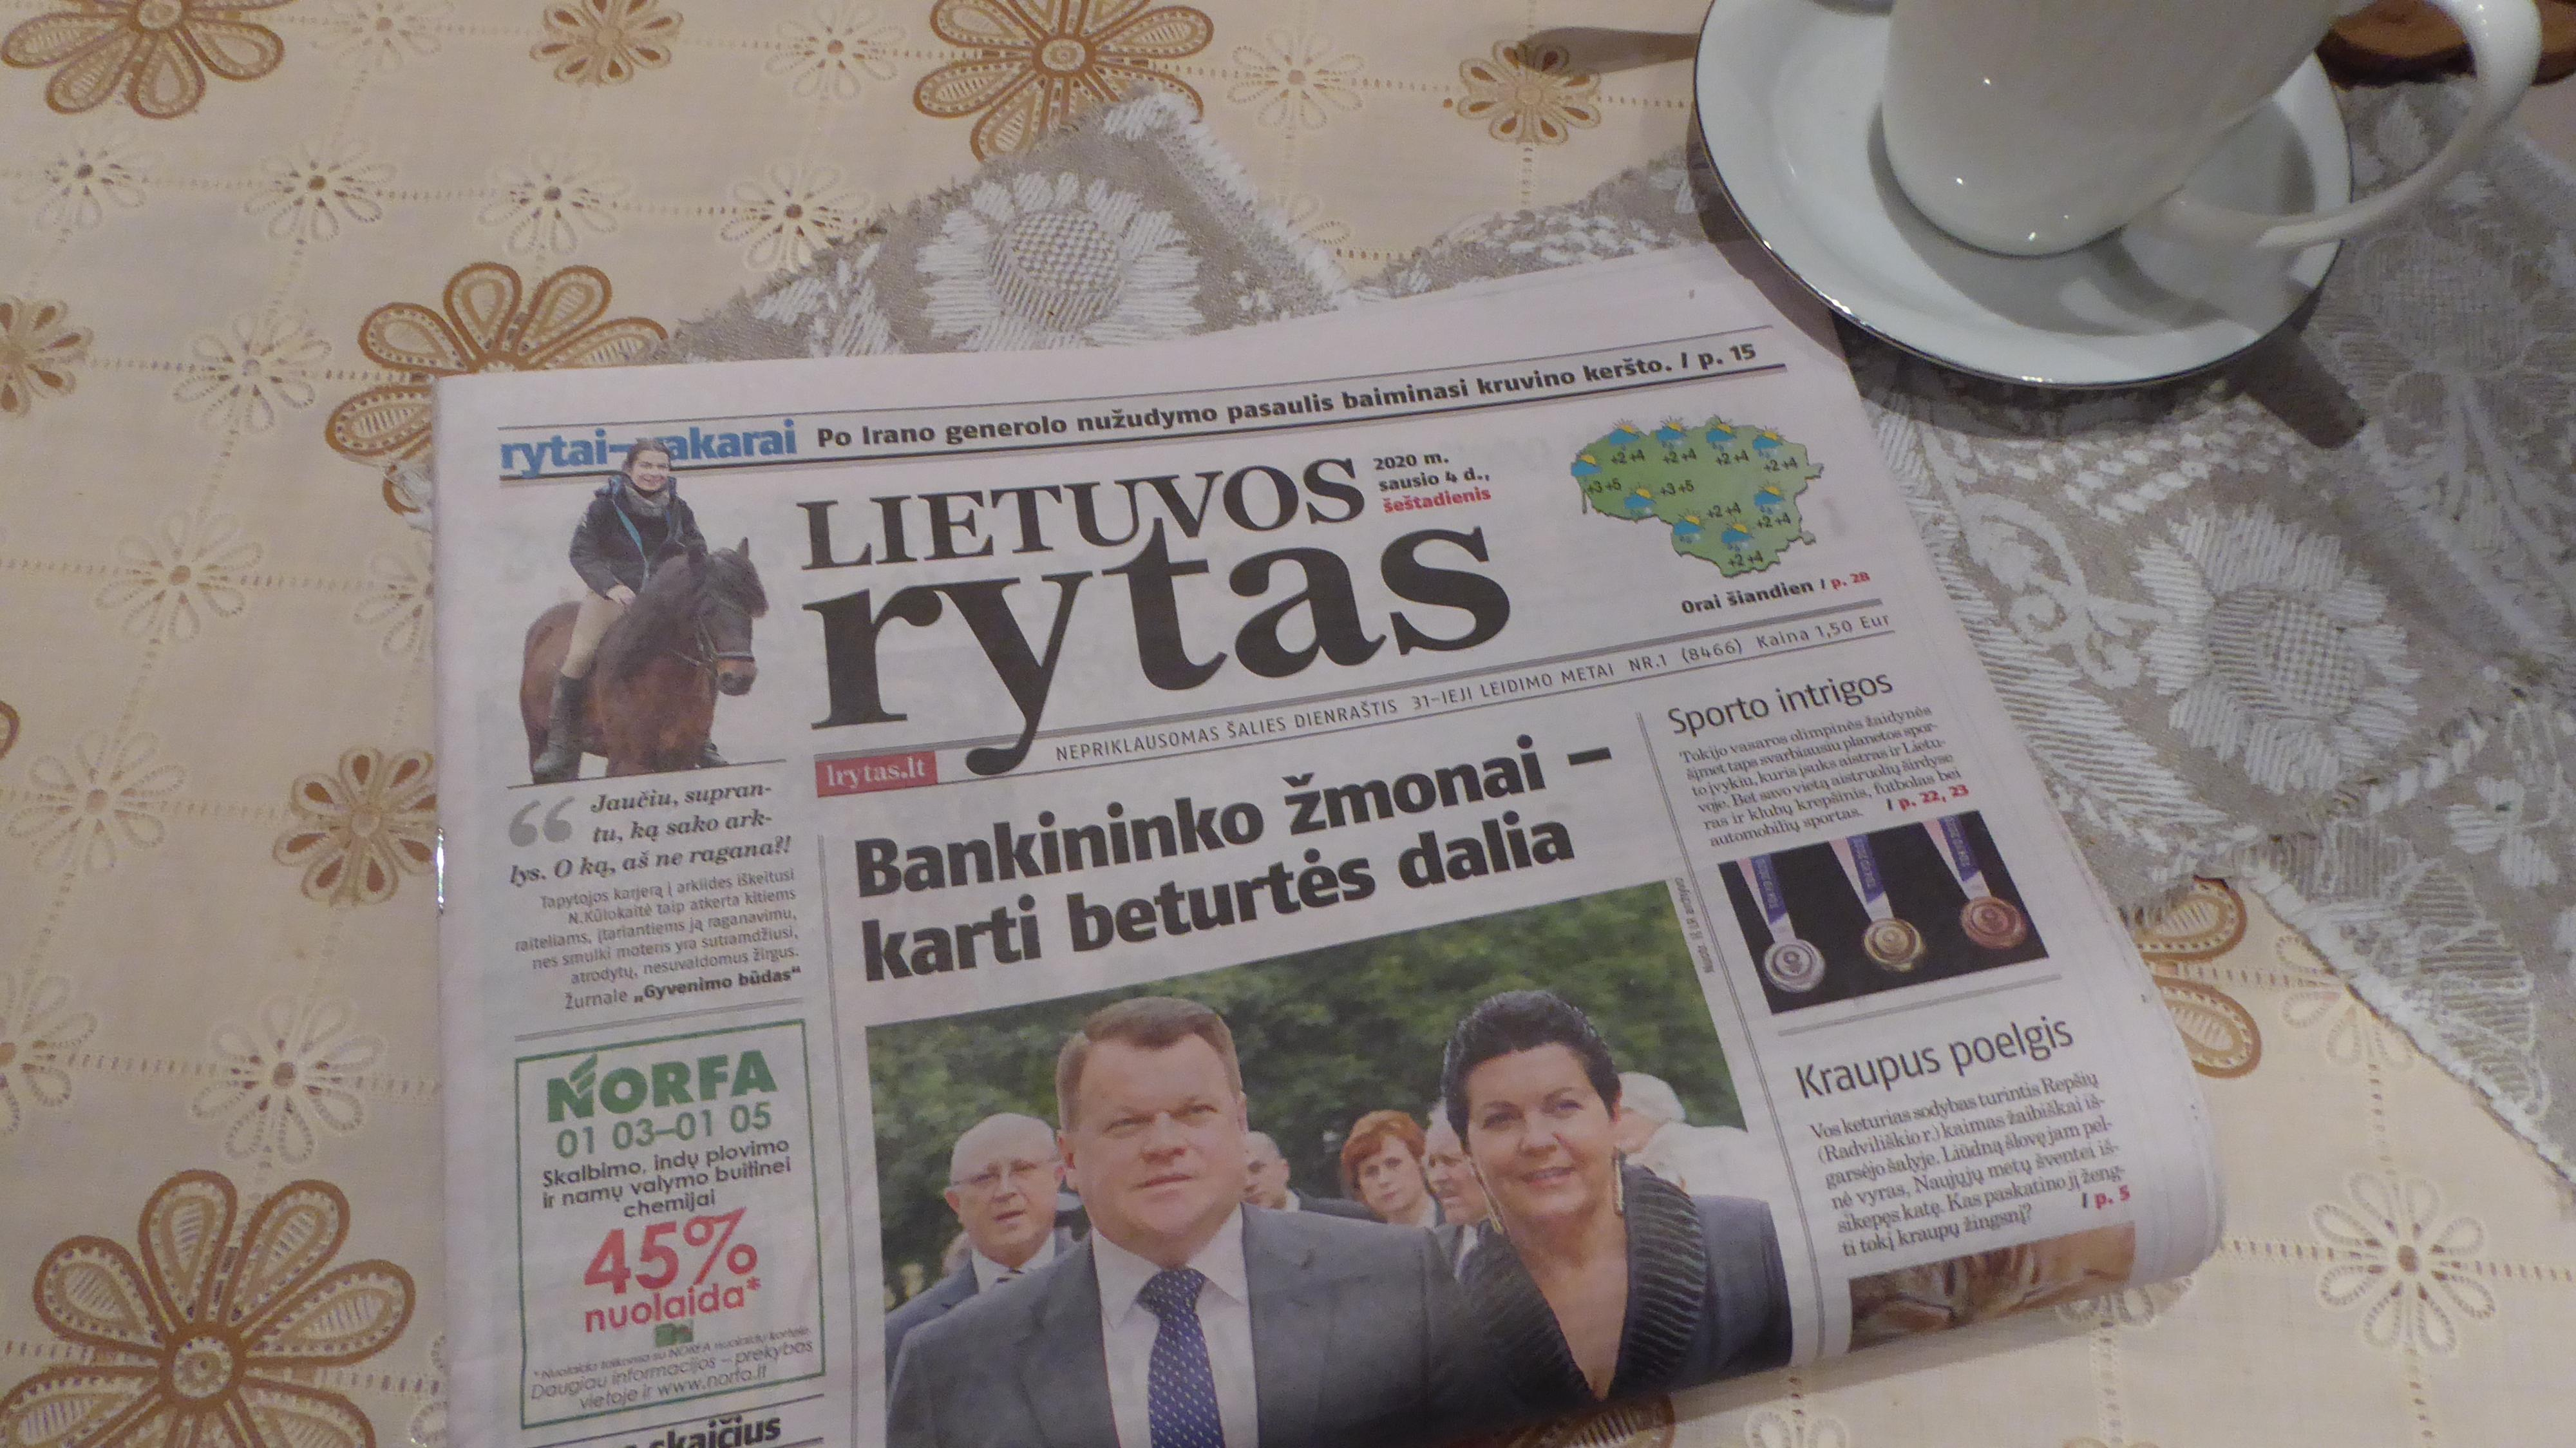
Language: lt